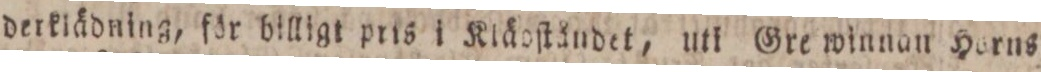
derklädning, för billigt pris i Kläoſtåndet, uti Gre winnan Horns